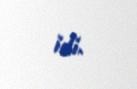
idi.